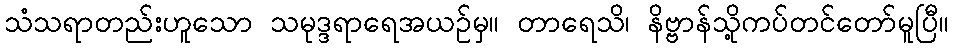
သံသရာတည်းဟူသော သမုဒ္ဒရာရေအယဉ်မှ။ တာရေသိ၊ နိဗ္ဗာန်သို့ကပ်တင်တော်မူပြီ။